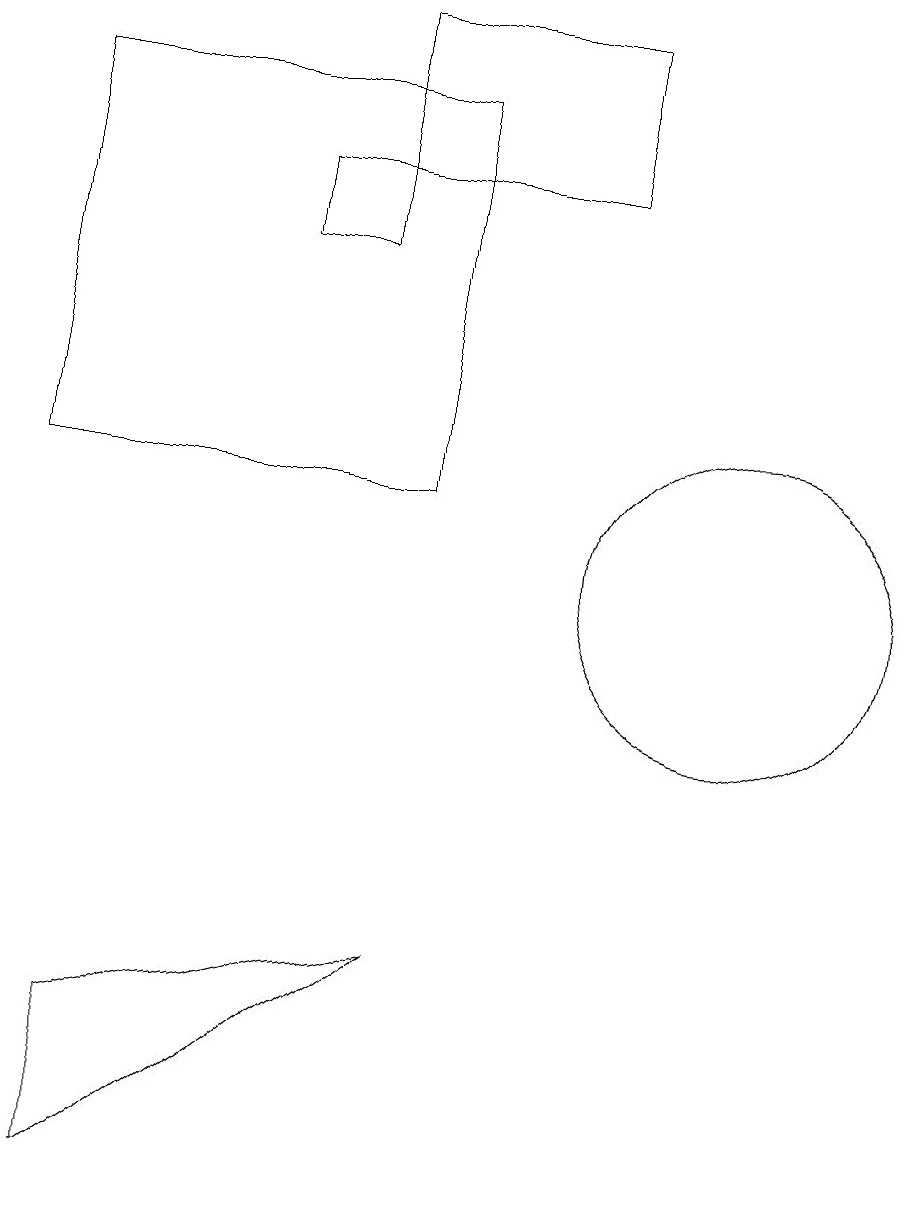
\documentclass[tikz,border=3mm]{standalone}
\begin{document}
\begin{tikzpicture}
\draw (7,11) rectangle (2,16);
\draw (6,15) rectangle (9,17);
\draw (3,2) -- (3,4) -- (7,5) -- cycle;
\draw (5,15) rectangle (6,14);
\draw (11,10) circle (2);
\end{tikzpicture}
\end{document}